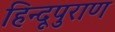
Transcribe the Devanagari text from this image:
हिन्दूपुराण